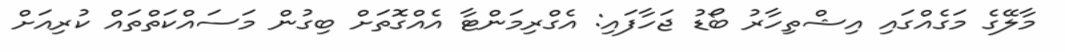
މާލޭގެ މަގެއްގައި އިޝްތިހާރު ބޯޑު ޖަހާފައި: އެގްރިމަންޓާ އެއްގޮތަށް ބިގުން މަސައްކަތްތައް ކުރިއަށް